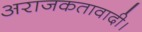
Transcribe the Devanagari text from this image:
अराजकतावादी।